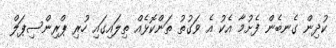
ކުދިން ގެނބެން ފެށުމާ އެކު އެ ވަގުތު ތަންކޮޅެއް ތިލައިގައި ހުރި ޕްރިންސިޕަލް